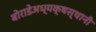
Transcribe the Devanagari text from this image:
बोराडेअध्यक्षस्थानी